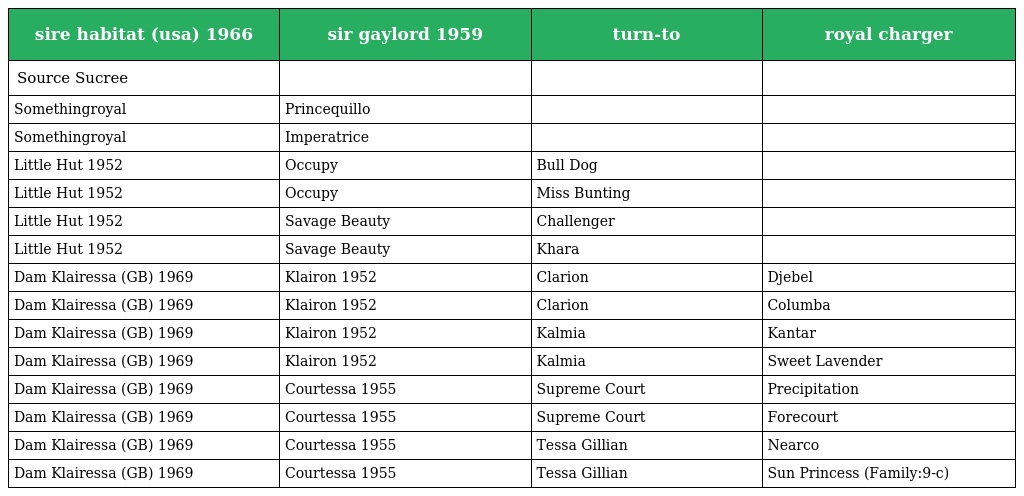
| sire habitat (usa) 1966 | sir gaylord 1959 | turn-to | royal charger |
 | --- | --- | --- | --- |
 | Source Sucree |  |  |  |
 | Somethingroyal | Princequillo |  |  |
 | Somethingroyal | Imperatrice |  |  |
 | Little Hut 1952 | Occupy | Bull Dog |  |
 | Little Hut 1952 | Occupy | Miss Bunting |  |
 | Little Hut 1952 | Savage Beauty | Challenger |  |
 | Little Hut 1952 | Savage Beauty | Khara |  |
 | Dam Klairessa (GB) 1969 | Klairon 1952 | Clarion | Djebel |
 | Dam Klairessa (GB) 1969 | Klairon 1952 | Clarion | Columba |
 | Dam Klairessa (GB) 1969 | Klairon 1952 | Kalmia | Kantar |
 | Dam Klairessa (GB) 1969 | Klairon 1952 | Kalmia | Sweet Lavender |
 | Dam Klairessa (GB) 1969 | Courtessa 1955 | Supreme Court | Precipitation |
 | Dam Klairessa (GB) 1969 | Courtessa 1955 | Supreme Court | Forecourt |
 | Dam Klairessa (GB) 1969 | Courtessa 1955 | Tessa Gillian | Nearco |
 | Dam Klairessa (GB) 1969 | Courtessa 1955 | Tessa Gillian | Sun Princess (Family:9-c) |